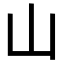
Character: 山